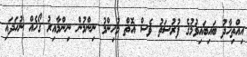
އިއްތިހާދު ބައިބައިވުމުގެ ފުރުސަތު ވެސް އޮތް މުހިންމު ނިންމުން ނިންމާއިރު ގޯހެއް ނުހަދައި